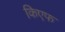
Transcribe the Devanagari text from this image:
किएफ